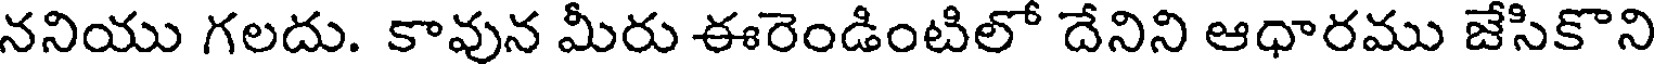
ననియు గలదు. కావున మీరు ఈరెండింటిలో దేనిని ఆధారము జేసికొని